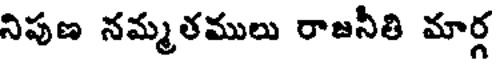
నిపుణ నమ్మతములు రాజనీతి మార్గ